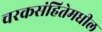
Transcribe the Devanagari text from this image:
चरकसंहितेमधील